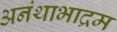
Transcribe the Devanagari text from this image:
अनंथाभाद्रम